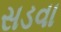
સડવા